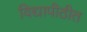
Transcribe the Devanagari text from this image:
विद्यापीठीत